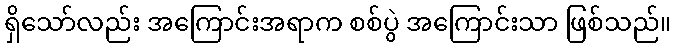
ရှိသော်လည်း အကြောင်းအရာက စစ်ပွဲ အကြောင်းသာ ဖြစ်သည်။